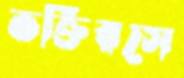
ভক্তিরসে